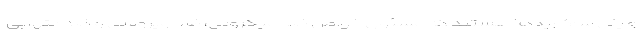
و پلی ساکاریدها هستند که مسئول خواص ضد میکروبی، ضد ویروسی و ضد التهابی